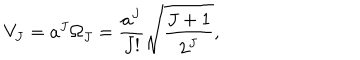
LaTeX: V _ { J } = a ^ { J } \Omega _ { J } = { \frac { a ^ { J } } { J ! } } \sqrt { \frac { J + 1 } { 2 ^ { J } } } ,